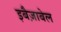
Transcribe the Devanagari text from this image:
इबैज़ाबेल